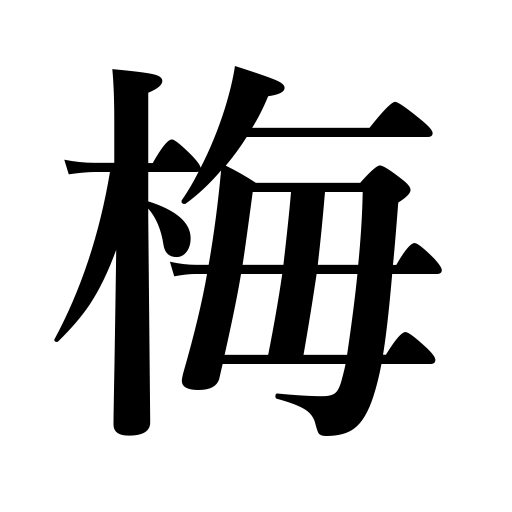
Meanings: plum tree,plum